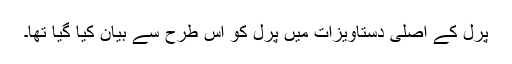
پرل کے اصلی دستاویزات میں پرل کو اس طرح سے بیان کیا گیا تھا۔